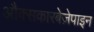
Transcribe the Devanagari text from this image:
औक्सकारबेज़ेपाइन